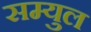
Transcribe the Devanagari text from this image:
सम्युल